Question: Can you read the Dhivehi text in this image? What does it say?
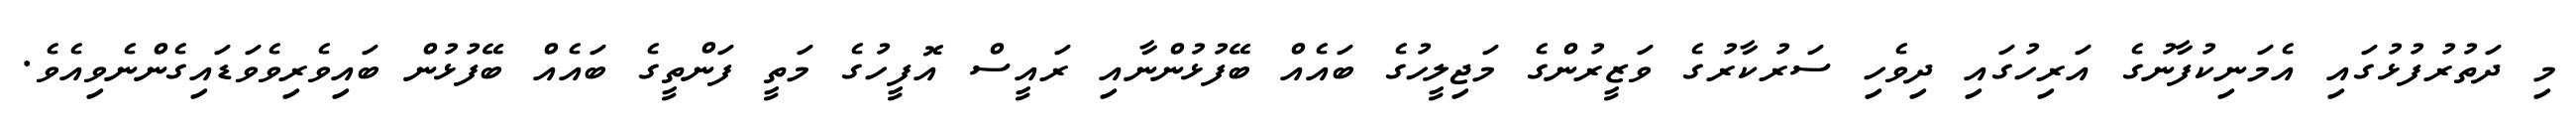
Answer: މި ދަތުރުފުޅުގައި އެމަނިކުފާނުގެ އަރިހުގައި ދިވެހި ސަރުކާރުގެ ވަޒީރުންގެ މަޖިލީހުގެ ބައެއް ބޭފުޅުންނާއި ރައީސް އޮފީހުގެ މަތީ ފަންތީގެ ބައެއް ބޭފުޅުން ބައިވެރިވެވަޑައިގެންނެވިއެވެ.